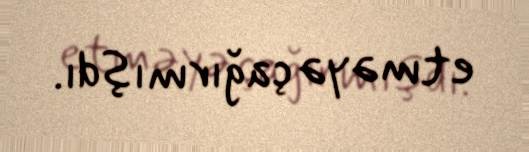
etməyə çağırmışdı.